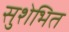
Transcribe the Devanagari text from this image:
सुशेभित